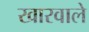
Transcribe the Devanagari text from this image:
खारवाले